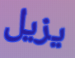
يزيل